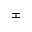
\pm